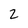
Character: z